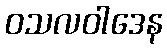
ဝသလဝါဒေန